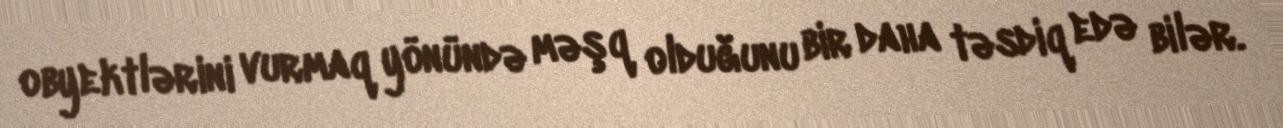
obyektlərini vurmaq yönündə məşq olduğunu bir daha təsdiq edə bilər.